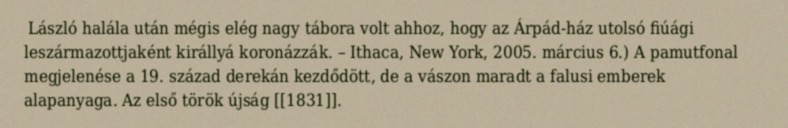
László halála után mégis elég nagy tábora volt ahhoz, hogy az Árpád-ház utolsó fiúági leszármazottjaként királlyá koronázzák. – Ithaca, New York, 2005. március 6.) A pamutfonal megjelenése a 19. század derekán kezdődött, de a vászon maradt a falusi emberek alapanyaga. Az első török újság [[1831]].